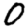
Digit: 0